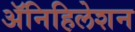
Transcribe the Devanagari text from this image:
ॲनिहिलेशन